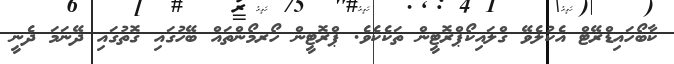
ކާބޯހައިޑްރޭޓް އެކުލެވޭ ގްލައިކޯޕްރޮޓީން ތަކެކެވެ. ޕްރޮޓީން ހޯރމޯންތައް ބޭހުގައި ގޮތުގައި ދޭނަމަ ދެނީ